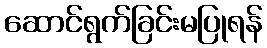
ဆောင်ရွက်ခြင်းမပြုရန်